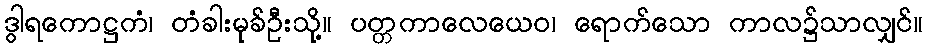
ဒွါရကောဋ္ဌကံ၊ တံခါးမုခ်ဦးသို့။ ပတ္တကာလေယေဝ၊ ရောက်သော ကာလ၌သာလျှင်။